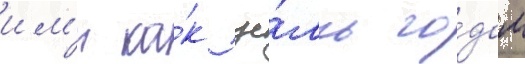
им'и ка́к це́ль го́дом